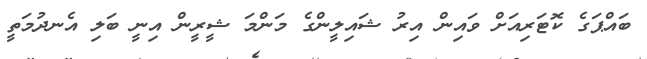
ބައްޕަގެ ކޮޓަރިއަށް ވައިން އިރު ޝައިލީންގެ މަންމަ ޝީރީން އިނީ ބަލި އެނދުމަތީ